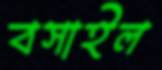
বসাইল